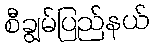
စီချွမ်ပြည်နယ်